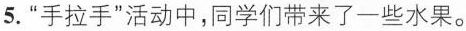
5.“手拉手”活动中，同学们带来了一些水果。